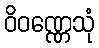
ဝိဝဏ္ဏေသုံ